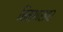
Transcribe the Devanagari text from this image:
चिमणराव३